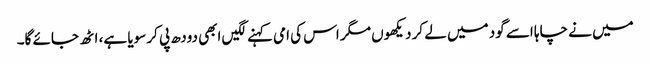
میں نے چاہا اسے گود میں لے کر دیکھوں مگر اس کی امی کہنے لگیں ابھی دودھ پی کر سویا ہے، اٹھ جائے گا۔